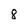
Character: 8